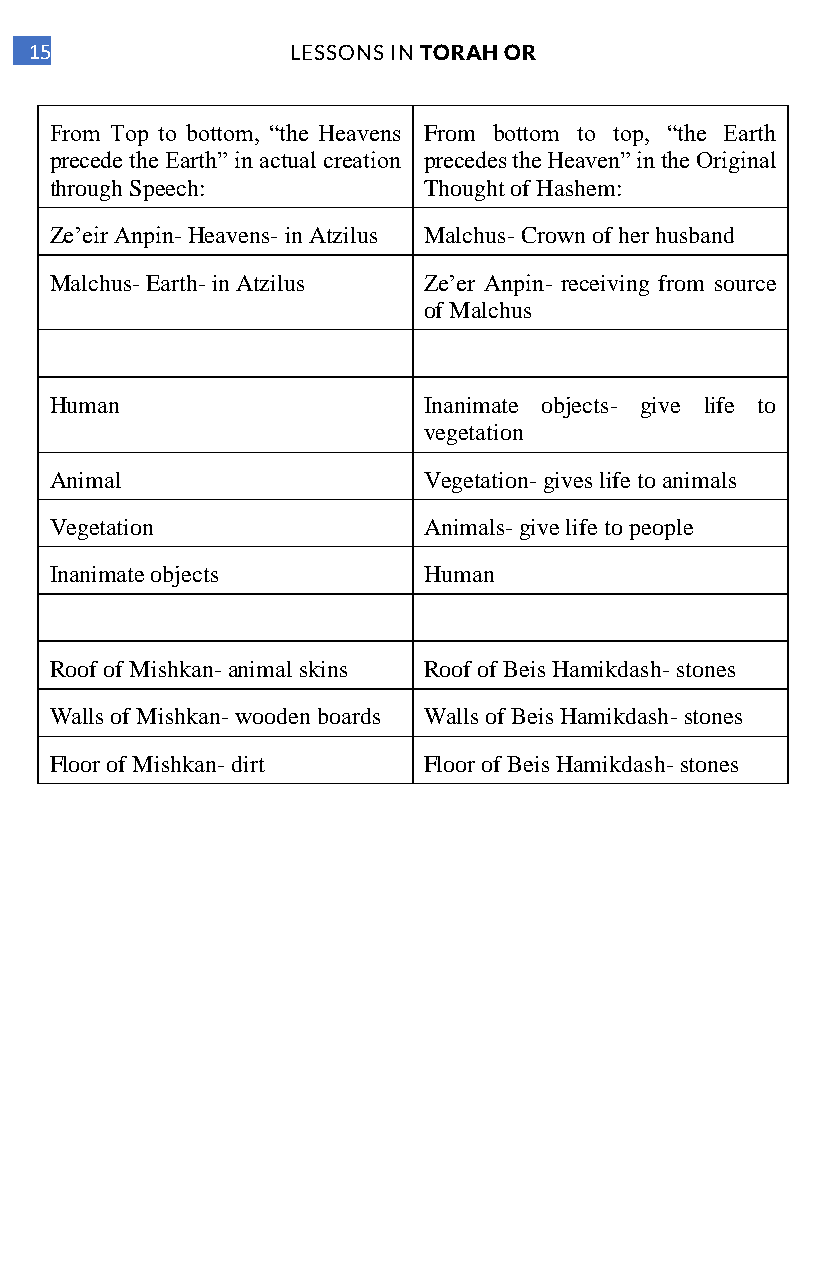
15               LESSONS IN TORAH OR
 From Top to bottom, “the Heavens From bottom to top, “the Earth
 precede the Earth” in actual creation precedes the Heaven” in the Original
 through Speech:          Thought of Hashem:
 Ze’eir Anpin- Heavens- in Atzilus Malchus- Crown of her husband
 Malchus- Earth- in Atzilus Ze’er Anpin- receiving from source
 of Malchus
 Human                    Inanimate objects- give life to
 vegetation
 Animal                   Vegetation- gives life to animals
 Vegetation               Animals- give life to people
 Inanimate objects        Human
 Roof of Mishkan- animal skins Roof of Beis Hamikdash- stones
 Walls of Mishkan- wooden boards Walls of Beis Hamikdash- stones
 Floor of Mishkan- dirt   Floor of Beis Hamikdash- stones